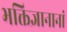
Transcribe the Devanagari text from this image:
भक्तिज्ञानानां